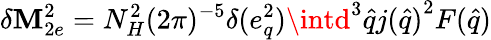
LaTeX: \delta\mathbf{M}_{2e}^{2}=N_{H}^{2}(2\pi)^{-5}{\delta(e_{q}^{2})}\intd^{3}{\hat{{q}}}{j({\hat{{q}}})}^{2}F({\hat{{q}}})